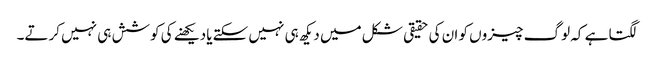
لگتا ہے کہ لوگ چیزوں کو ان کی حقیقی شکل میں دیکھ ہی نہیں سکتےیا دیکھنے کی کوشش ہی نہیں کرتے۔